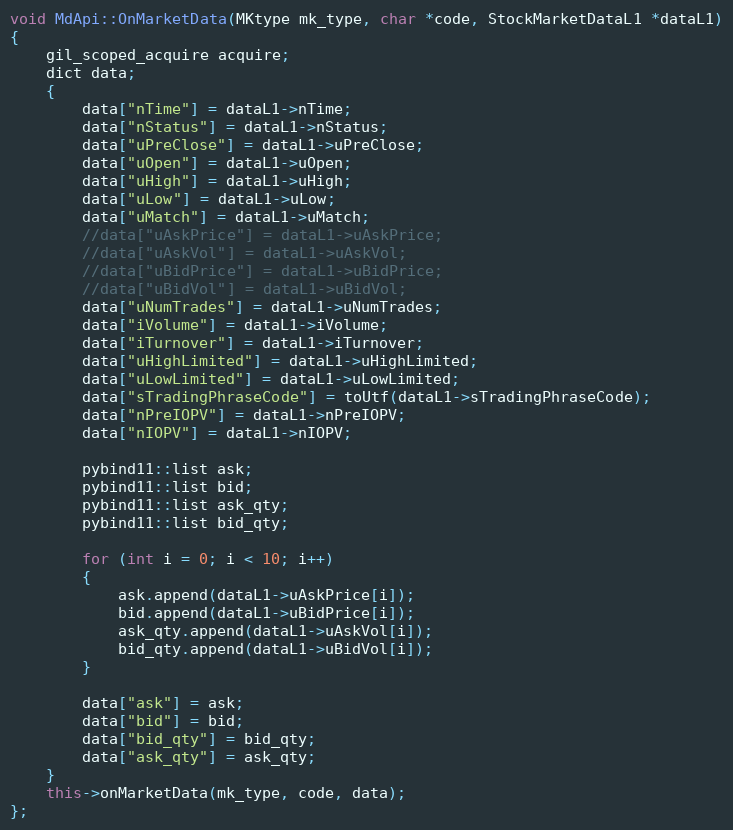
Language: C++
void MdApi::OnMarketData(MKtype mk_type, char *code, StockMarketDataL1 *dataL1)
{
	gil_scoped_acquire acquire;
	dict data;
	{
		data["nTime"] = dataL1->nTime;
		data["nStatus"] = dataL1->nStatus;
		data["uPreClose"] = dataL1->uPreClose;
		data["uOpen"] = dataL1->uOpen;
		data["uHigh"] = dataL1->uHigh;
		data["uLow"] = dataL1->uLow;
		data["uMatch"] = dataL1->uMatch;
		//data["uAskPrice"] = dataL1->uAskPrice;
		//data["uAskVol"] = dataL1->uAskVol;
		//data["uBidPrice"] = dataL1->uBidPrice;
		//data["uBidVol"] = dataL1->uBidVol;
		data["uNumTrades"] = dataL1->uNumTrades;
		data["iVolume"] = dataL1->iVolume;
		data["iTurnover"] = dataL1->iTurnover;
		data["uHighLimited"] = dataL1->uHighLimited;
		data["uLowLimited"] = dataL1->uLowLimited;
		data["sTradingPhraseCode"] = toUtf(dataL1->sTradingPhraseCode);
		data["nPreIOPV"] = dataL1->nPreIOPV;
		data["nIOPV"] = dataL1->nIOPV;

		pybind11::list ask;
		pybind11::list bid;
		pybind11::list ask_qty;
		pybind11::list bid_qty;

		for (int i = 0; i < 10; i++)
		{
			ask.append(dataL1->uAskPrice[i]);
			bid.append(dataL1->uBidPrice[i]);
			ask_qty.append(dataL1->uAskVol[i]);
			bid_qty.append(dataL1->uBidVol[i]);
		}

		data["ask"] = ask;
		data["bid"] = bid;
		data["bid_qty"] = bid_qty;
		data["ask_qty"] = ask_qty;
	}
	this->onMarketData(mk_type, code, data);
};